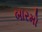
બારમો